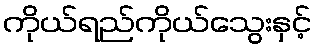
ကိုယ်ရည်ကိုယ်သွေးနှင့်